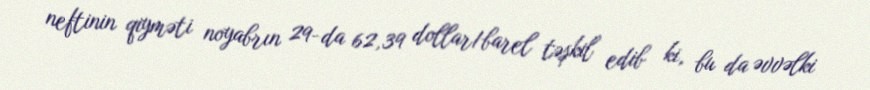
neftinin qiyməti noyabrın 29-da 62,39 dollar/barel təşkil edib ki, bu da əvvəlki